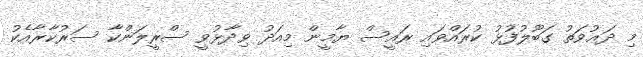
މި ދަޢުވަތު ގަބޫލުފުޅު ކުރައްވައި ރައީސް ޔާމީން މިއަދު ވިދާޅުވީ ސްރީލަންކާ ސަރުކާރާއެކު